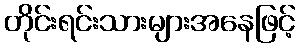
တိုင်းရင်းသားများအနေဖြင့်